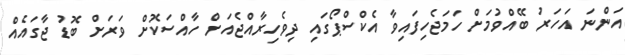
އަންނަ އަހަރު ބޭއްވުމަށް ހަމަޖެހިފައިވާ އެކްސްޕޯގައި ދިވެހިރާއްޖެއަށް ހާއްސަކޮށް ވަރަށް ބޮޑު ޖާގައެއް